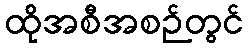
ထိုအစီအစဉ်တွင်